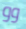
وو